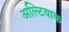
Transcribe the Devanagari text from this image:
अल्टियाक